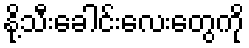
နို့သီးခေါင်းလေးတွေကို